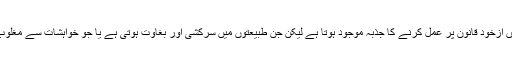
کچھ طبیعتیں سلامتی اور شرافت کی حامل ہوتی ہیں، ان میں ازخود قانون پر عمل کرنے کا جذبہ موجود ہوتا ہے لیکن جن طبیعتوں میں سرکشی اور بغاوت ہوتی ہے یا جو خواہشات سے مغلوب ہوتی ہیں وہ جبروخوف کے بغیر سرِتسلیم خم نہیں کرتیں۔